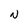
Character: N